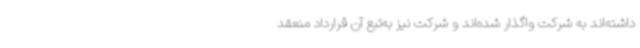
داشته‌اند به شرکت واگذار شده‌اند و شرکت نیز به‌تبع آن قرارداد منعقد